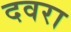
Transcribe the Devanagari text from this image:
दवरा